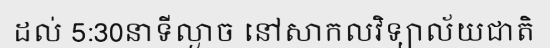
ដល់ 5:30នាទីល្ងាច នៅសាកលវិទ្យាល័យជាតិ